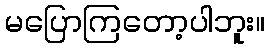
မပြောကြတော့ပါဘူး။